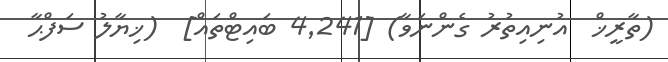
(ތާރީޚް  އުނިއިތުރު ގެންނަވާ) [4